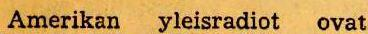
Amerikan yleisradiot  ovat